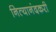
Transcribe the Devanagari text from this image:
नित्यानंदकरी